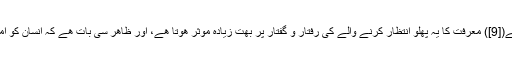
معرفت امام کا دوسرا پھلو امام علیہ السلام کے صفات اور ان کی سیرت کی پہچان ھے([9]) معرفت کا یہ پھلو انتظار کرنے والے کی رفتار و گفتار پر بھت زیادہ موثر ھوتا ھے، اور ظاھر سی بات ھے کہ انسان کو امام علیہ السلام کی جتنی معرفت ھوگی اس کی زندگی میں اتنے ھی آثار پیدا ھوں گے۔